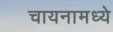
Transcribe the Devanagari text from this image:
चायनामध्ये